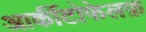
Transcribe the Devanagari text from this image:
आर्कीटोफेलफ़